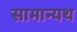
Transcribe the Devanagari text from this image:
सामान्यथ